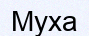
Муха